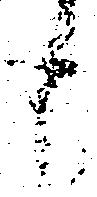
も